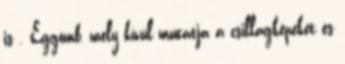
is . Éggömb, mely kívül mutatja a csillagképeket és